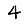
Digit: 4